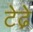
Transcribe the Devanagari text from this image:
टेढे़